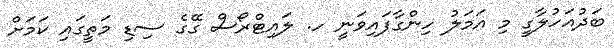
ބަދުއަހުލާގީ މި އަމަލު ހިންގާފައިވަނީ ހ. ލައިޓްރޯސް ގޭގެ ސިޑި މަތީގައި ކަމަށް